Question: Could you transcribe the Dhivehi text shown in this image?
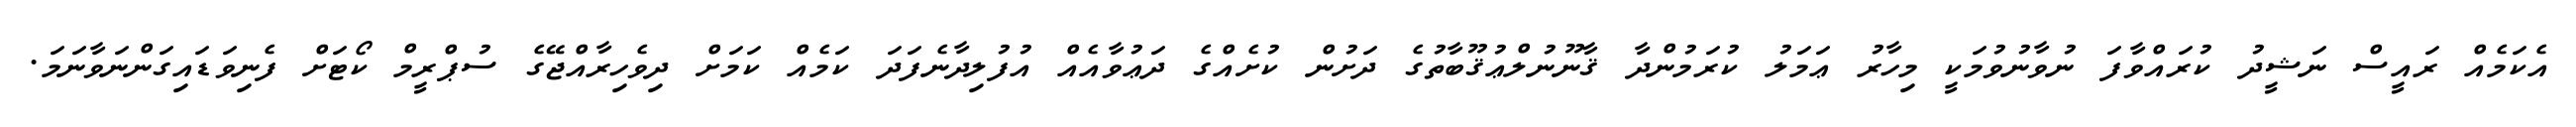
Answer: އެކަމެއް ރައީސް ނަޝީދު ކުރައްވާފަ ނުވާނުވުމަކީ މިހާރު ޢަމަލު ކުރަމުންދާ ޤާނޫނުލްޢުޤޫބާތުގެ ދަށުން ކުށެއްގެ ދަޢުވާއެއް އުފުލިދާނެފަދަ ކަމެއް ކަމަށް ދިވެހިރާއްޖޭގެ ސުޕްރީމް ކޯޓަށް ފެނިވަޑައިގަންނަވާނަމަ.